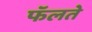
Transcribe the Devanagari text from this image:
फॅलते